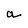
Character: a